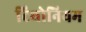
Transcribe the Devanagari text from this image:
टिथोनियम